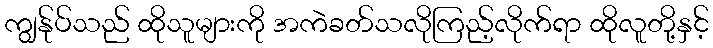
ကျွန်ုပ်သည် ထိုသူများကို အကဲခတ်သလိုကြည့်လိုက်ရာ ထိုလူတို့နှင့်